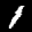
Label: 1